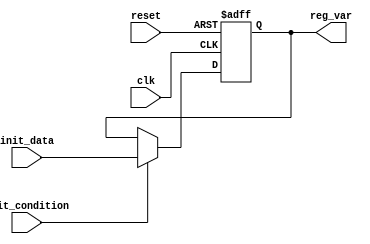
module conditional_initialization (
    input wire clk,               // Clock signal
    input wire reset,             // Asynchronous reset signal
    input wire init_condition,     // Control signal for initialization
    input wire [7:0] init_data,    // Data input for initialization
    output reg [7:0] reg_var      // Output register variable
);

// Initial state
initial begin
    reg_var = 8'b00000000; // Default initialization
end

// Synchronous process for initialization
always @(posedge clk or posedge reset) begin
    if (reset) begin
        reg_var <= 8'b00000000; // Reset state
    end else if (init_condition) begin
        reg_var <= init_data; // Conditional initialization
    end
    // If init_condition is not met, reg_var retains its current value
end

endmodule